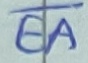
Text: EA